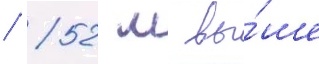
/ 52 м вы́ше